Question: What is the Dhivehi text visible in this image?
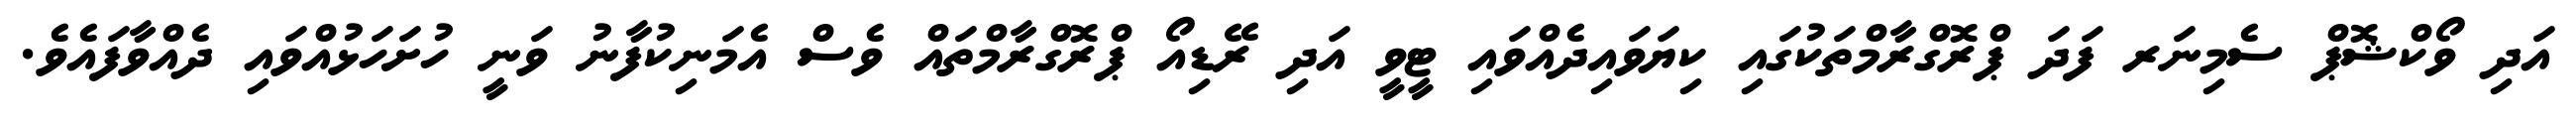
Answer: އަދި ވޯކްޝޮޕް ސެމިނަރ ފަދަ ޕްރޮގްރާމްތަކުގައި ކިޔަވައިދެއްވައި ޓީވީ އަދި ރޭޑިއޯ ޕްރޮގްރާމްތައް ވެސް އެމަނިކުފާނު ވަނީ ހުށަހަޅުއްވައި ދެއްވާފައެވެ.